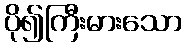
ပို၍ကြီးမားသော